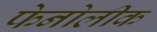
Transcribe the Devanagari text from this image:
फेनोलीक